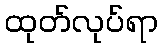
ထုတ်လုပ်ရာ